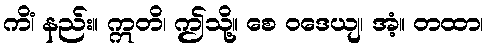
ကိံ၊ နည်း။ ဣတိ၊ ဤသို့။ စေ ဝဒေယျ၊ အံ့။ တထာ၊